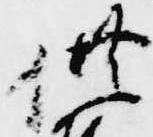
供